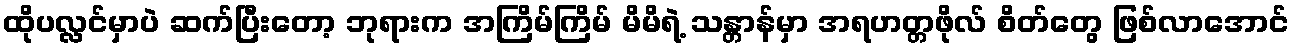
ထိုပလ္လင်မှာပဲ ဆက်ပြီးတော့ ဘုရားက အကြိမ်ကြိမ် မိမိရဲ့ သန္တာန်မှာ အရဟတ္တဖိုလ် စိတ်တွေ ဖြစ်လာအောင်